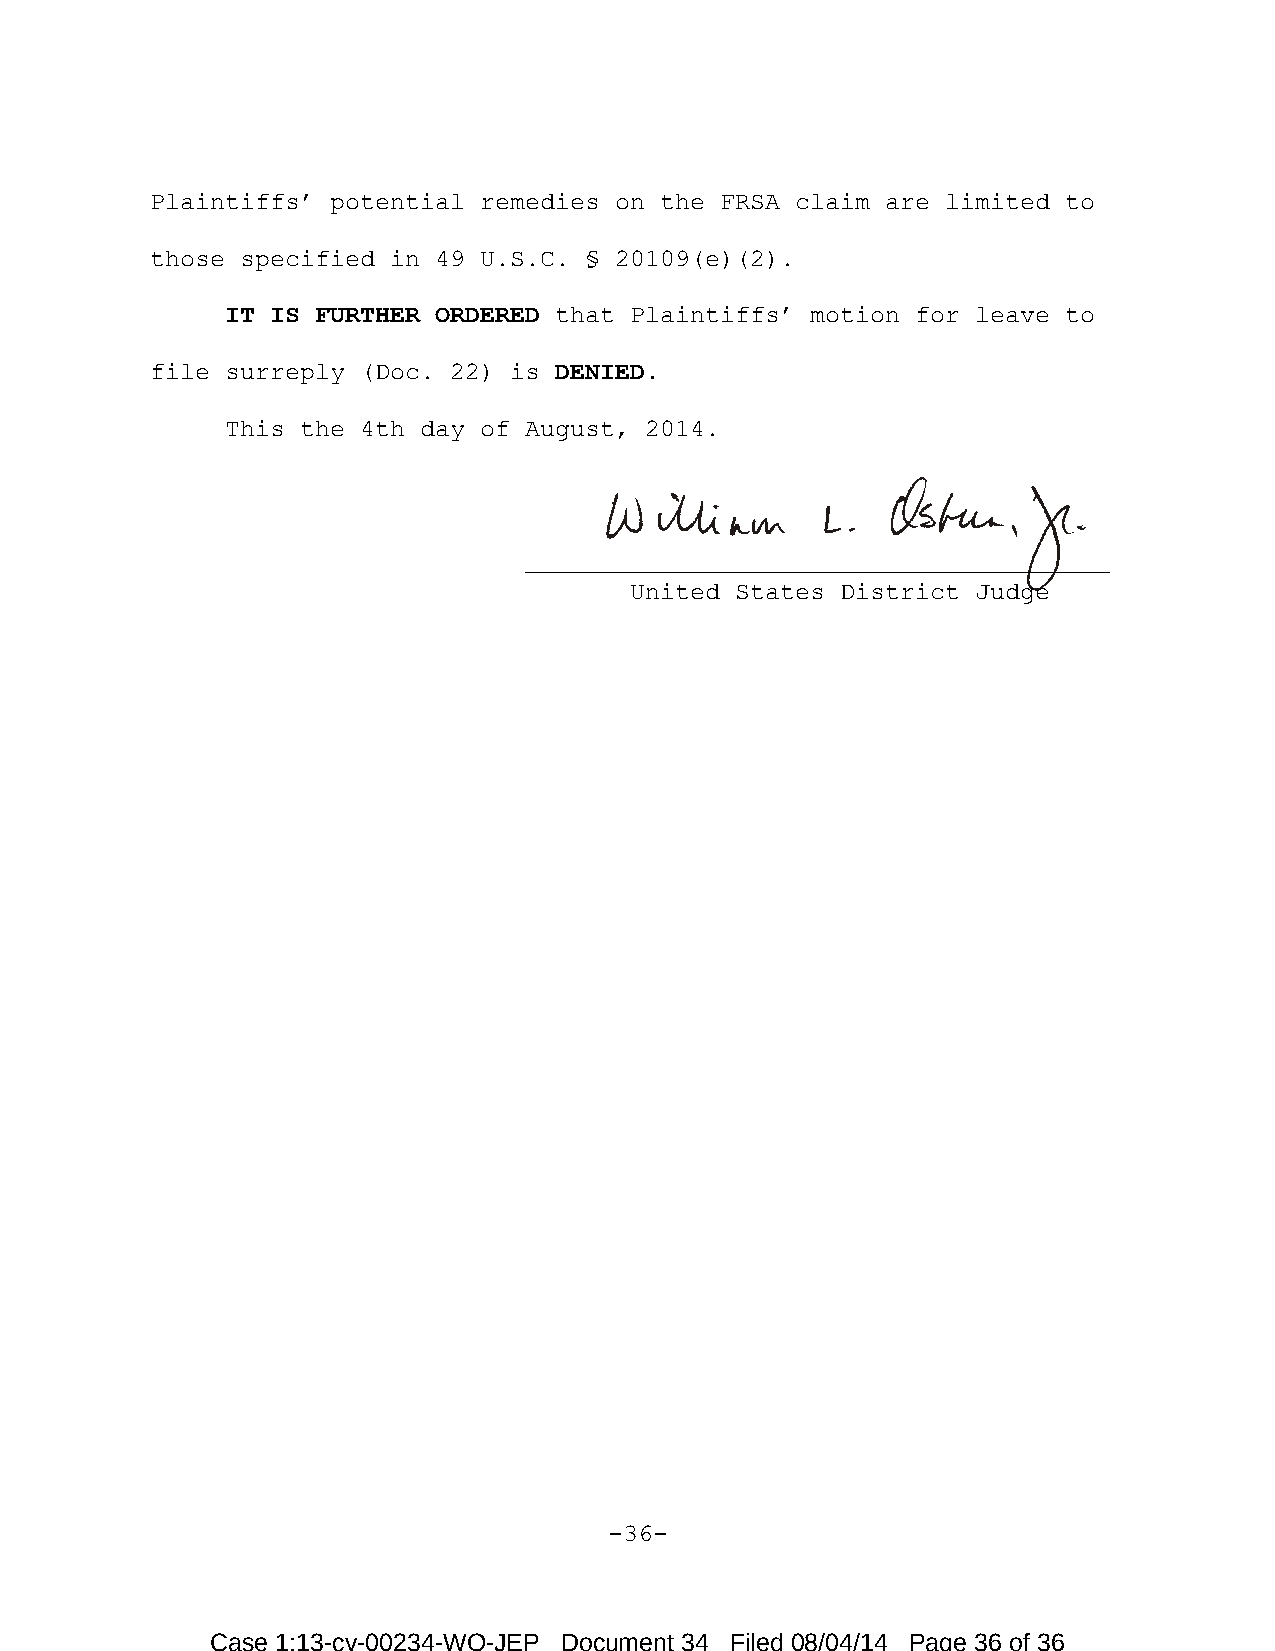
Plaintiffs’ potential remedies on the FRSA claim are limited to
 those specified in 49 U.S.C. § 20109(e)(2).
 IT IS FURTHER ORDERED that Plaintiffs’ motion for leave to
 file surreply (Doc. 22) is DENIED.
 This the 4th day of August, 2014.
 _______________________________________
 United States District Judge
 -36-
 Case 1:13-cv-00234-WO-JEP Document 34 Filed 08/04/14 Page 36 of 36